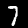
Label: 7